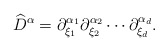
\begin{align*}\widehat{D}^{\alpha} = \partial^{\alpha_1}_{\xi_1}\partial^{\alpha_2}_{\xi_2}\cdots\partial^{\alpha_d}_{\xi_d}.\end{align*}